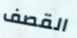
القصف